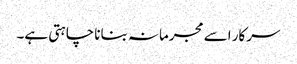
سرکار اسے مجرمانہ بنانا چاہتی ہے۔